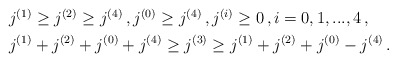
\begin{align*}\begin{aligned}& j^{(1)}\geq j^{(2)} \geq j^{(4)} \,,j^{(0)} \geq j^{(4)} \,, j^{(i)}\geq 0\,,i=0,1,...,4\,,\\&j^{(1)}+j^{(2)}+j^{(0)}+j^{(4)} \geq j^{(3)}\geq j^{(1)}+j^{(2)}+j^{(0)}-j^{(4)}\,. \end{aligned}\end{align*}